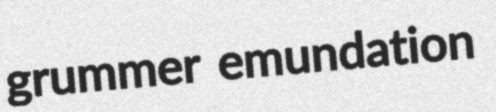
grummer emundation